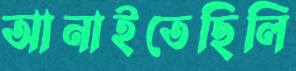
আনাইতেছিলি